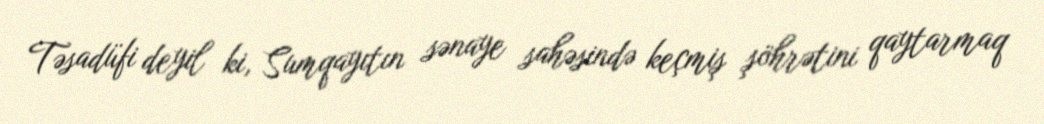
Təsadüfi deyil ki, Sumqayıtın sənaye sahəsində keçmiş şöhrətini qaytarmaq